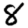
Digit: 8